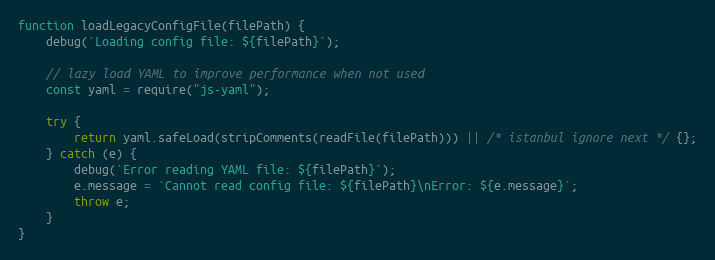
Language: JavaScript
function loadLegacyConfigFile(filePath) {
    debug(`Loading config file: ${filePath}`);

    // lazy load YAML to improve performance when not used
    const yaml = require("js-yaml");

    try {
        return yaml.safeLoad(stripComments(readFile(filePath))) || /* istanbul ignore next */ {};
    } catch (e) {
        debug(`Error reading YAML file: ${filePath}`);
        e.message = `Cannot read config file: ${filePath}\nError: ${e.message}`;
        throw e;
    }
}